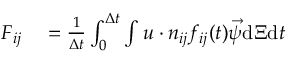
\begin{array} { r l } { \boldsymbol { F } _ { i j } } & { { } = \frac { 1 } { \Delta t } \int _ { 0 } ^ { \Delta t } \int \boldsymbol { u } \cdot \boldsymbol { n } _ { i j } f _ { i j } ( t ) { \vec { \psi } } \mathrm { d } \boldsymbol { \Xi } \mathrm { d } t } \end{array}